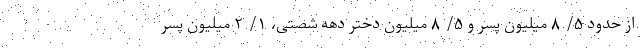
از حدود ۵/ ۸ میلیون پسر و ۵/ ۸ میلیون دختر دهه شصتی، ۱/ ۲ میلیون پسر